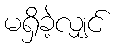
မရှိခဲ့လျှင်